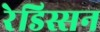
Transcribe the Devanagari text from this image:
रेडिस्सन